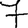
Digit: 7